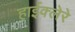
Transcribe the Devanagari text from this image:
हाईक्लेरे